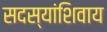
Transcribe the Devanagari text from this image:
सदस्यांशिवाय